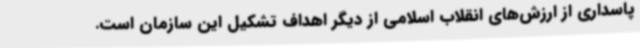
پاسداری از ارزش‌های انقلاب اسلامی از دیگر اهداف تشکیل این سازمان است.